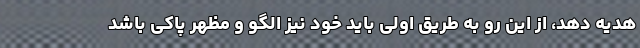
هدیه دهد، از این رو به طریق اولی باید خود نیز الگو و مظهر پاکی باشد